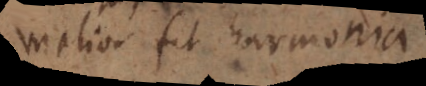
melior fit harmonia.